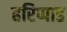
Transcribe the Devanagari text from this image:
हरिप्पाड